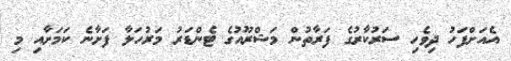
އެއަށްފަހު ދިވެހި ސަރުކާރުގެ ފަރާތުން މަޝްރޫއުގެ ޓެންޑަރު މަރުހަލާ ފަށާނެ ކަމަށާއި މި